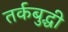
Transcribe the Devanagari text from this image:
तर्कबुद्धी